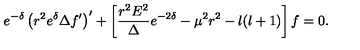
e ^ { - \delta } \left( r ^ { 2 } e ^ { \delta } \Delta f ^ { \prime } \right) ^ { \prime } + \left[ \frac { r ^ { 2 } E ^ { 2 } } { \Delta } e ^ { - 2 \delta } - \mu ^ { 2 } r ^ { 2 } - l ( l + 1 ) \right] f = 0 .